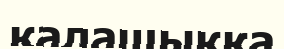
қалашыққа